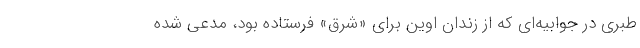
طبری در جوابیه‌ای که از زندان اوین برای «شرق» فرستاده بود، مدعی شده